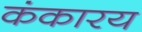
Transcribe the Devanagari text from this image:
कंकारय